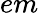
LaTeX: em